Annual report of the Madras Medical College
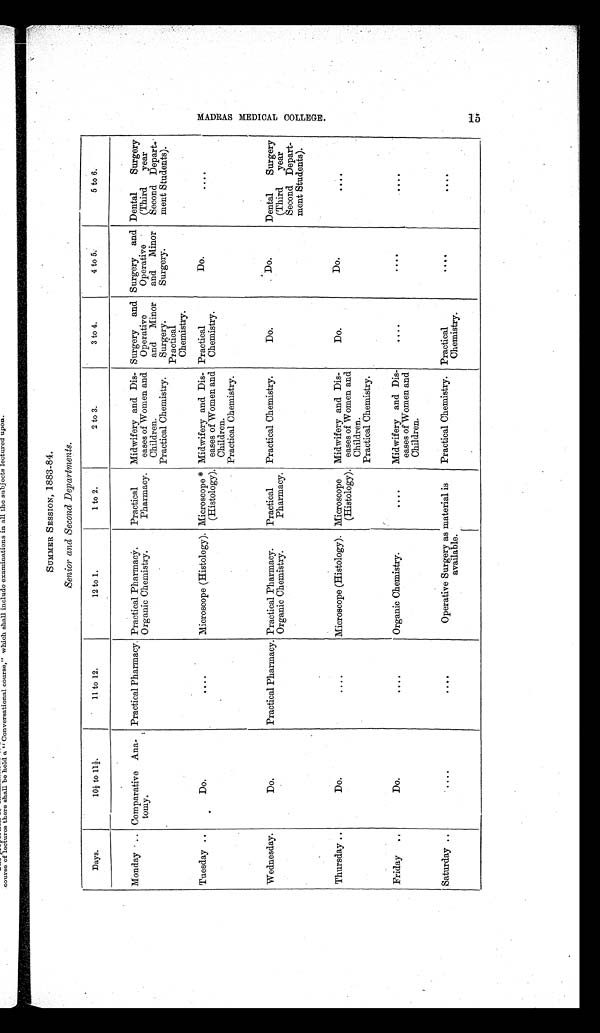
SUMMER SESSION, 1883–84.
Senior and Second Departments.
Days.
10½ to 11½.
11 to 12.
12 to 1.
1 to 2.
2 to 3.
3 to 4.
4 to 5.
5 to 6.
Monday .. Comparative Ana-
tomy.
Practical Pharmacy. Practical Pharmacy.
Practical
Pharmacy.
Midwifery and Dis-
eases of Women and
Children.
Surgery and
Operative
and Minor
Surgery.
Surgery and
Operative
and Minor
Surgery.
Dental
Surgery
(Third
year
Second Depart-
meat Students).
Organic Chemistry.
Practical Chemistry.
Practical
Chemistry.
Tuesday ..
Do.
. . . .
Microscope (Histology). Microscope *
(Histology).
Midwifery and Dis-
eases of Women and
Children.
Practical
Chemistry.
Do.
. . . .
Practical Chemistry.
Wednesday.
Do.
Practical Pharmacy. Practical Pharmacy.
Practical
Pharmacy.
Practical Chemistry.
Do.
Do.
Dental
Surgery
(Third
year
Second Depart-
ment Students).
Organic Chemistry.
Thursday ..
Do.
. . . .
Microscope (Histology). Microscope
(Histology).
Midwifery and Dis-
eases of Women and
Children.
Do.
Do.
. . . .
Practical Chemistry.
Friday ..
Do.
. . . .
Organic Chemistry.
. . . .
Midwifery and Dis-
eases of Women and
Children.
....
. . . .
. . . .
Saturday ..
....
....
Operative Surgery as material is
available.
Practical Chemistry. Practical
Chemistry.
. . . .
. . . .
MA D R A S ME D I C A L
COLLEGE.
15